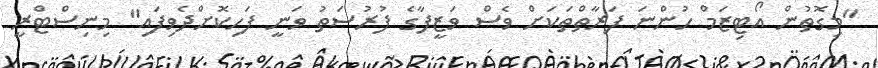
"މިގޮތުން އޯޓިޒަމް ހުންނަ ފަރާތްތަކަށް ވެސް ވަޒީފާގެ ފުރުސަތު ވަނީ ފަހިކޮށްދެވިފައި" މިނިސްޓްރީ